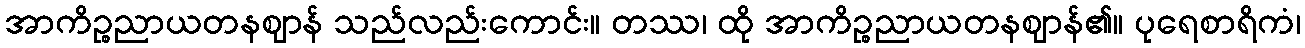
အာကိဉ္စညာယတနဈာန် သည်လည်းကောင်း။ တဿ၊ ထို အာကိဉ္စညာယတနဈာန်၏။ ပုရေစာရိကံ၊